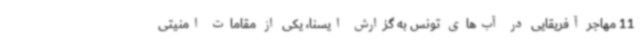
11 مهاجر آفریقایی در آب‌های تونس به گزارش ایسنا، یکی از مقامات امنیتی